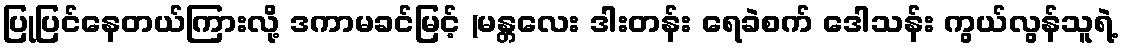
ပြုပြင်နေတယ်ကြားလို့ ဒကာမခင်မြင့် (မန္တလေး ဒါးတန်း ရေခဲစက် ဒေါသန်း ကွယ်လွန်သူရဲ့